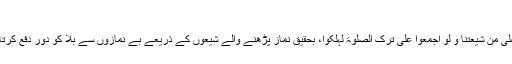
کنز العمال ج,۱۵ ص,۳۹۲ حدیث ۴۱۵۱۸
↑ امام صادق(ع):ان اللہ یدفع بمن یصلی من شیعتنا عمن لایصلی من شیعتنا و لو اجمعوا علی ترک الصلوۃ لہلکوا، بحقیق نماز پڑھنے والے شیعوں کے ذریعے بے نمازوں سے بلا کو دور دفع کرتا ہے کیونکہ اگر سب بے نماز ہوتے تو سب ہلاک ہو جاتے۔